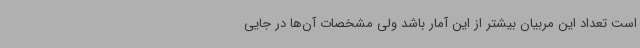
است تعداد این مربیان بیشتر از این آمار باشد ولی مشخصات آن‌ها در جایی